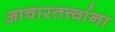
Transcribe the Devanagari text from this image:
आचारतत्त्वांना